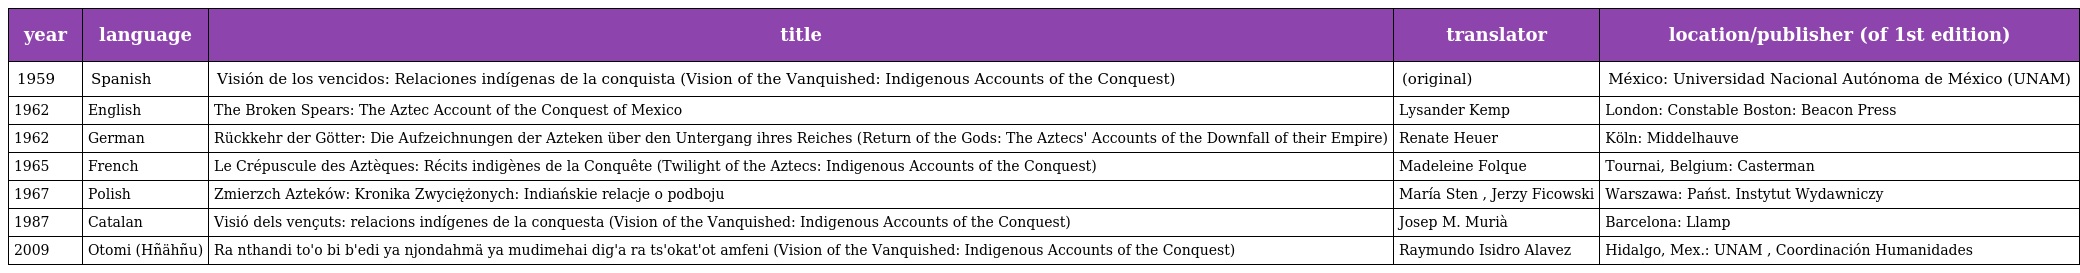
| year | language | title | translator | location/publisher (of 1st edition) |
 | --- | --- | --- | --- | --- |
 | 1959 | Spanish | Visión de los vencidos: Relaciones indígenas de la conquista (Vision of the Vanquished: Indigenous Accounts of the Conquest) | (original) | México: Universidad Nacional Autónoma de México (UNAM) |
 | 1962 | English | The Broken Spears: The Aztec Account of the Conquest of Mexico | Lysander Kemp | London: Constable Boston: Beacon Press |
 | 1962 | German | Rückkehr der Götter: Die Aufzeichnungen der Azteken über den Untergang ihres Reiches (Return of the Gods: The Aztecs' Accounts of the Downfall of their Empire) | Renate Heuer | Köln: Middelhauve |
 | 1965 | French | Le Crépuscule des Aztèques: Récits indigènes de la Conquête (Twilight of the Aztecs: Indigenous Accounts of the Conquest) | Madeleine Folque | Tournai, Belgium: Casterman |
 | 1967 | Polish | Zmierzch Azteków: Kronika Zwyciężonych: Indiańskie relacje o podboju | María Sten , Jerzy Ficowski | Warszawa: Państ. Instytut Wydawniczy |
 | 1987 | Catalan | Visió dels vençuts: relacions indígenes de la conquesta (Vision of the Vanquished: Indigenous Accounts of the Conquest) | Josep M. Murià | Barcelona: Llamp |
 | 2009 | Otomi (Hñähñu) | Ra nthandi to'o bi b'edi ya njondahmä ya mudimehai dig'a ra ts'okat'ot amfeni (Vision of the Vanquished: Indigenous Accounts of the Conquest) | Raymundo Isidro Alavez | Hidalgo, Mex.: UNAM , Coordinación Humanidades |